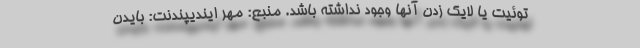
توئیت یا لایک زدن آنها وجود نداشته باشد. منبع: مهر ایندیپندنت: بایدن